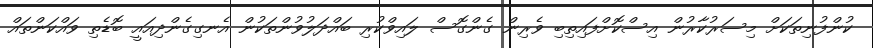
ކުންފުނިތަކަށް މިސަރުކާރުން އިސްކޮށްފައިތިބި ވެރިން ގެންގޮސް ލައިވްކުރި ބައްދަލުވުންތަކުން އެނގިގެންދިއައީ ބޮޑެތި ވައްކަންތައް